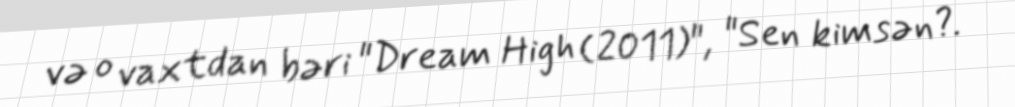
və o vaxtdan bəri "Dream High (2011)", "Sen kimsən?.